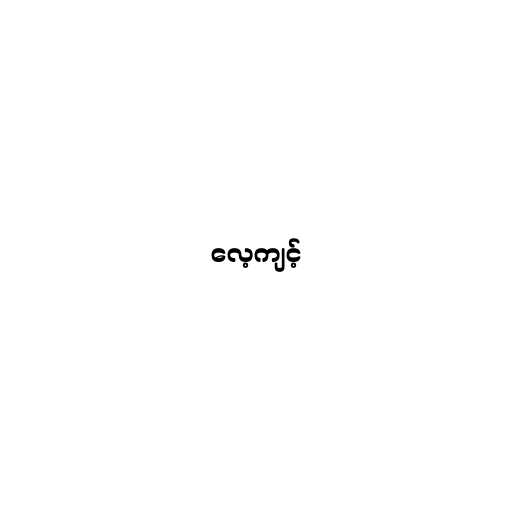
လေ့ကျင့်